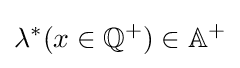
\lambda ^{*}(x\in \mathbb {Q} ^{+})\in \mathbb {A} ^{+}